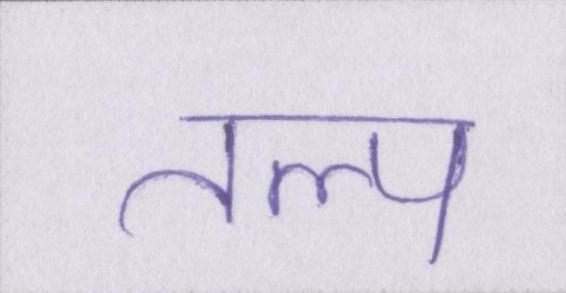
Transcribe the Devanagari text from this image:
तल्प